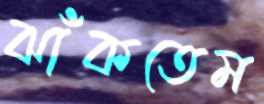
ঝাঁকতেম